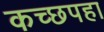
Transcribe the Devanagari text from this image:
कच्छपहा